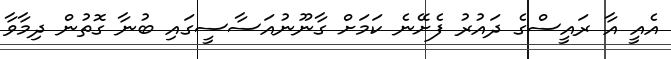
އެއީ އާ ރައީސްގެ ދައުރު ފެށޭނެ ކަމަށް ގާނޫނުއަސާސީގައި ބުނާ ގޮތުން ދިމާވާ